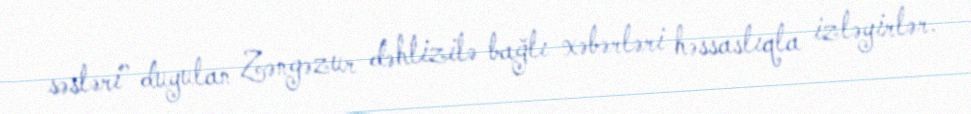
səsləri” duyulan Zəngəzur dəhlizilə bağlı xəbərləri həssaslıqla izləyirlər.